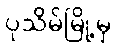
ပုသိမ်မြို့မှ